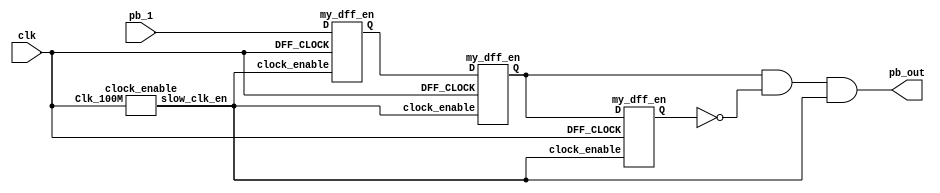
`timescale 1ns / 1ps
//////////////////////////////////////////////////////////////////////////////////
// Company: 
// Engineer: 
// 
// Design Name: 
// Module Name:    debouncer 
// Project Name: 
// Target Devices: 
// Tool versions: 
// Description: 
//
// Dependencies: 
//
// Revision: 
// Revision 0.01 - File Created
// Additional Comments: 
//
//////////////////////////////////////////////////////////////////////////////////
module debouncer(input pb_1,clk,output pb_out);
	wire slow_clk_en;
	wire Q1,Q2,Q2_bar,Q0;
	clock_enable u1(clk,slow_clk_en);
	my_dff_en d0(clk,slow_clk_en,pb_1,Q0);

	my_dff_en d1(clk,slow_clk_en,Q0,Q1);
	my_dff_en d2(clk,slow_clk_en,Q1,Q2);
	assign Q2_bar = ~Q2;
	assign pb_out = Q1 & Q2_bar & slow_clk_en;
endmodule
	
	// Slow clock enable for debouncing button 
module clock_enable(input Clk_100M,output slow_clk_en);
	 reg [26:0]counter=0;
	 always @(posedge Clk_100M)
	 begin
		 counter <= (counter>=24999)?0:counter+1;
	 end
	 assign slow_clk_en = (counter == 24999)?1'b1:1'b0;
endmodule
	// D-flip-flop with clock enable signal for debouncing module 
module my_dff_en(input DFF_CLOCK, clock_enable,D, output reg Q=0);
	always @ (posedge DFF_CLOCK) begin
	if(clock_enable==1) 
			  Q <= D;
	end
endmodule